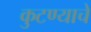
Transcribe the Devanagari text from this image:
कुटण्याचे